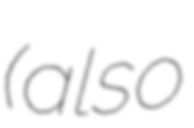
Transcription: (also